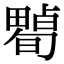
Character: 𤳠